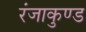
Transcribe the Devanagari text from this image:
रंजाकुण्ड